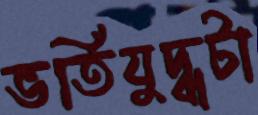
ভর্তিযুদ্ধটা